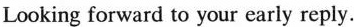
Looking forward to your early reply.